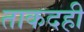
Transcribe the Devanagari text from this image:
ताकदही